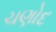
ચણોદ